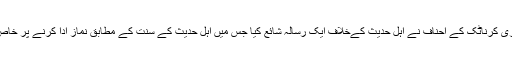
اسی سلسلہ میں ضلع دھرم پوری کرناٹک کے احناف نے اہل حدیث کےخلاف ایک رسالہ شائع کیا جس میں اہل حدیث کے سنت کے مطابق نماز ادا کرنے پر خاص طور سے اعتراضات تھے۔